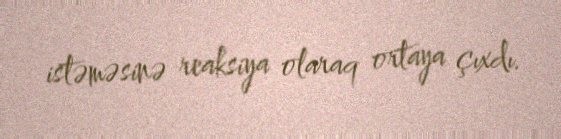
istəməsinə reaksiya olaraq ortaya çıxdı.